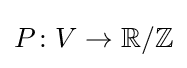
P\colon V\to \mathbb {R} /\mathbb {Z}